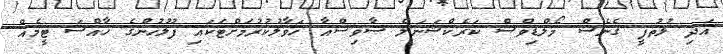
އަދި ލުތުފީ ގެނެސް މޯލްޑިވްސް ކަރެކްޝަނަލް ސާވިސްއާ ހަވާލުކުރުމަށްޓަކައި ފުލުހުންގެ ޚާއްސަ ޓީމެއް